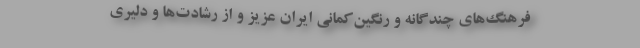
فرهنگ‌های چندگانه و رنگین‌کمانی ایران عزیز و از رشادت‌ها و دلیری‌